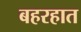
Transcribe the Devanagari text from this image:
बहरहात